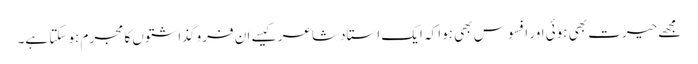
مجھے حیرت بھی ہوئی اور افسوس بھی ہوا کہ ایک استاد شاعر کیسے ان فرو گذاشتوں کا مجرم ہو سکتا ہے۔